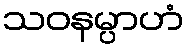
သဝနမ္ပာဟံ